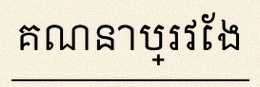
គណនាប្រវែង